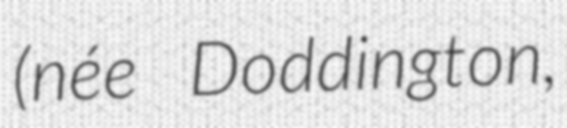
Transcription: (née Doddington,